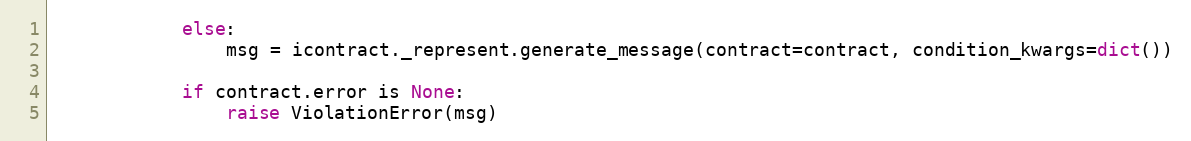
Language: Python
            else:
                msg = icontract._represent.generate_message(contract=contract, condition_kwargs=dict())

            if contract.error is None:
                raise ViolationError(msg)